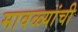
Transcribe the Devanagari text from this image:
मावळ्यांची